Scientific memoirs by medical officers of the Army of India - Part I,
Year: 1884
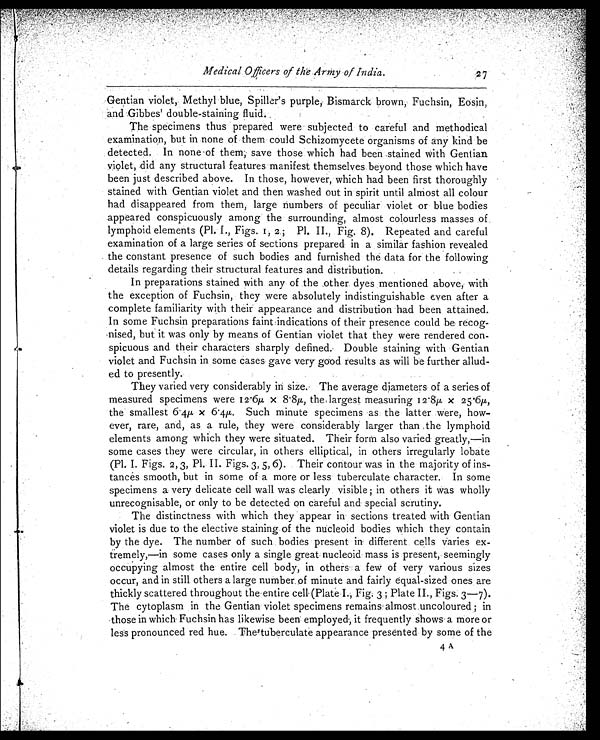
Medical Officers of the Army of India.
Gentian violet, Methyl blue, Spiller's purple, Bismarck brown, Fuchsin, Eosin,
and Gibbes' double-staining fluid.
The specimens thus prepared were subjected to careful and methodical
examination, but in none of them could Schizomycete organisms of any kind be
det ect ed. In none of t hem, save t hose whi ch had been st ai ned wi t h Gent i an
violet, did any structural features manifest themselves beyond those which have
been just described above. In those, however, which had been first thoroughly
stained with Gentian violet and then washed out in spirit until almost all colour
had disappeared from them, large numbers of peculiar violet or blue bodies
appeared conspicuously among the surrounding, almost colourless masses of
lymphoid elements (Pl. I., Figs. 1, 2 ; Pl. II., Fig, 8). Repeated and careful
examination of a large series of sections prepared in a similar fashion revealed
the constant presence of such bodies and furnished the data for the following
details regarding their structural features and distribution.
In preparations stained with any of the other dyes mentioned above, with
the exception of Fuchsin, they were absolutely indistinguishable even after a
complete familiarity with their appearance and distribution had been attained.
In some Fuchsin preparations faint indications of their presence could be recog
-nised, but it was only by means of Gentian violet that they were rendered con
- s p i c u o u s a n d t h e i r c h a r a c t e r s s h a r p l y d e f i n e d . D o u b l e s t a i n i n g w i t h G e n t i a n
violet and Fuchsin in some cases gave very good results as will be further allud
- e d t o p r e s e n t l y .
They varied very considerably in size. The average diameters of a series of
measured specimens were 12.6µ, x 8.8µ, the largest measuring 12.8µ x 25.6µ,
the smallest 6.4µ x 6.4µ. Such minute specimens as the latter were, how
- e v e r , r a r e , a n d , a s a r u l e , t h e y w e r e c o n s i d e r a b l y l a r g e r t h a n t h e l y m p h o i d
elements among which they were situated. Their form also varied greatly,—in
some cases they were circular, in others elliptical, in others irregularly lobate
(Pl. I. Figs. 2 , 3, Pl. II. Figs. 3, 5, 6). Their contour was in the majority of ins
- t a n c e s s m o o t h , b u t i n s o m e o f a m o r e o r l e s s t u b e r c u l a t e c h a r a c t e r . I n s o m e
specimens a very delicate cell wall was clearly visible; in others it was wholly
unrecognisable, or only to be detected on careful and special scrutiny.
The distinctness with which they appear in sections treated with Gentian
violet is due to the elective staining of the nucleoid bodies which they contain
by the dye. The number of such bodies present in different cells varies ex
- t r e m e l y , — i n s o m e c a s e s o n l y a s i n g l e g r e a t n u c l e o i d m a s s i s p r e s e n t , s e e m i n g l y
occupying almost the entire cell body, in others a few of very various sizes
occur, and in still others a large number of minute and fairly equal-sized ones are
thickly scattered throughout the entire cell (Plate I., Fig. 3; Plate II., Figs. 3—7).
The cytoplasm in the Gentian violet specimens remains almost uncoloured; in
those in which Fuchsin has likewise been employed, it frequently shows a more or
less pronounced red hue. The tuberculate appearance presented by some of the
4A